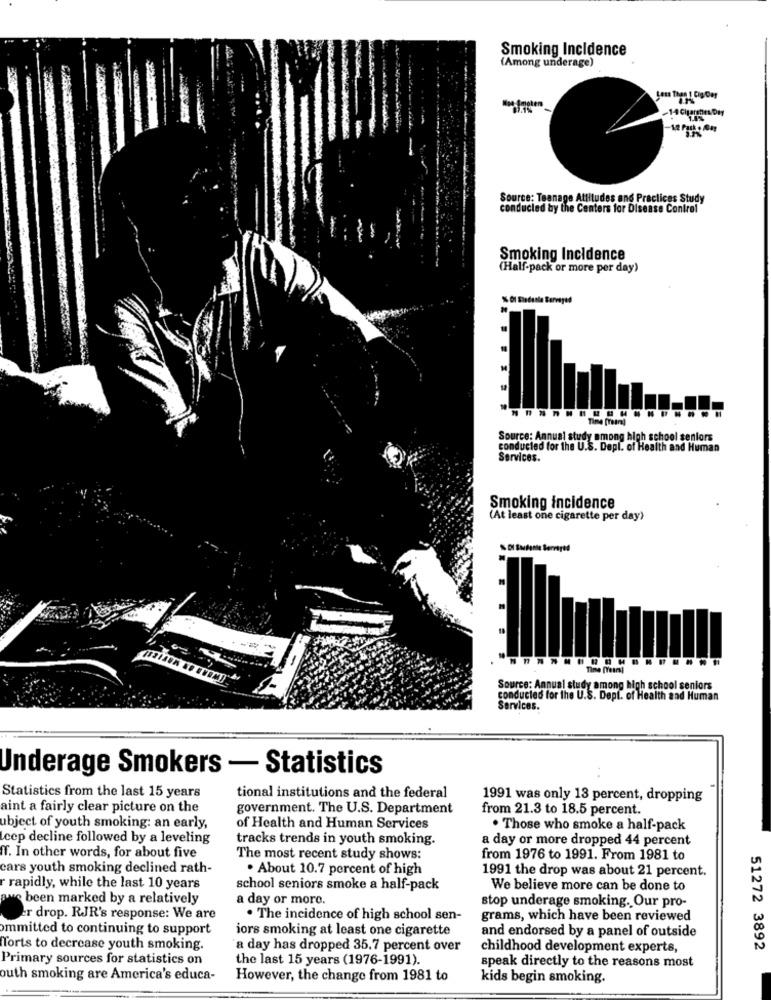
Smoking Incidence
(Among underage)
you Then ! Dig Der
-14 Chgarshe/Day
12 Park . Alay
Source: Teanage Attitudes and Practices Study
conducted by the Centers for Disease Control
Smoking Incidence
(Half-pack or more per day)
% Ol Sledenle Surveyed
Time (reina]
Source: Annual study among high school seniors
conducted for the U.S. Depl. of Health and Human
Services.
Smoking incidence
(At least one cigarette per day)
Time [Years!
Source: Annual study among high school seniors
conducted for the U.S. Dept. of Health and Human
Services.
Underage Smokers - Statistics
Statistics from the last 15 years
tional institutions and the federal
1991 was only 13 percent, dropping
aint a fairly clear picture on the
government. The U.S. Department
from 21.3 to 18.5 percent.
ubject of youth smoking: an early,
of Health and Human Services
. Those who smoke a half-pack
Leep decline followed by a leveling
tracks trends in youth smoking.
a day or more dropped 44 percent
TT. In other words, for about five
The most recent study shows:
from 1976 to 1991. From 1981 to
cars youth smoking declined rath-
. About 10.7 percent of high
1991 the drop was about 21 percent.
r rapidly, while the last 10 years
school seniors smoke a half-pack
We believe more can be done to
ave been marked by a relatively
a day or more.
stop underage smoking. Our pro-
er drop. RJR's response: We are
. The incidence of high school sen-
grams, which have been reviewed
ommitted to continuing to support
iors smoking at least one cigarette
and endorsed by a panel of outside
fforts to decrease youth smoking.
a day has dropped 35.7 percent over
childhood development experts,
51272 3892
Primary sources for statistics on
the last 15 years (1976-1991).
speak directly to the reasons most
outh smoking are America's educa-
However, the change from 1981 to
kids begin smoking.